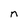
Character: n